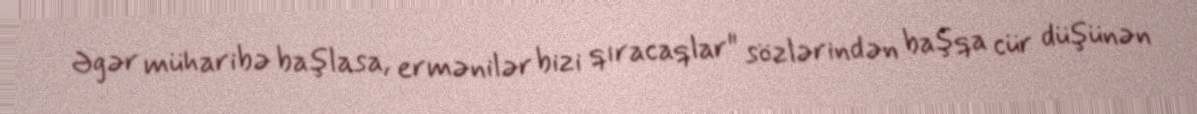
Əgər müharibə başlasa, ermənilər bizi qıracaqlar" sözlərindən başqa cür düşünən